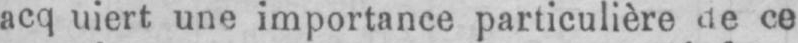
ce